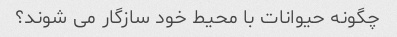
چگونه حیوانات با محیط خود سازگار می شوند؟